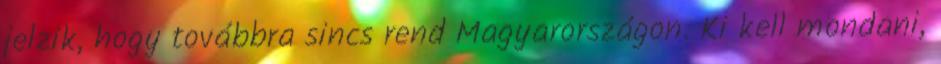
jelzik, hogy továbbra sincs rend Magyarországon. Ki kell mondani,